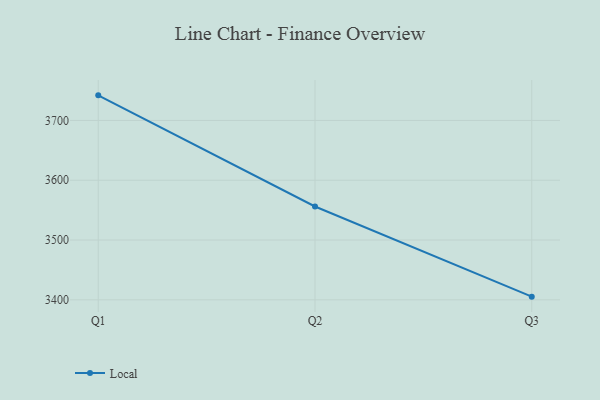
{"axis": {"x": "Quarter", "y": "Latency (ms)"}, "legend": ["Local"], "data": [{"x": "Q1", "y": 3742.0, "type": "Local"}, {"x": "Q2", "y": 3556.1, "type": "Local"}, {"x": "Q3", "y": 3405.3, "type": "Local"}]}